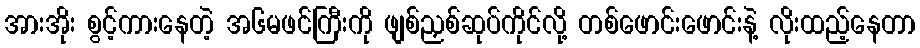
အားအိုး စွင့်ကားနေတဲ့ အ၆မဖင်ကြီးကို ဖျစ်ညှစ်ဆုပ်ကိုင်လို့ တစ်ဖောင်းဖောင်းနဲ့ လိုးထည့်နေတာ